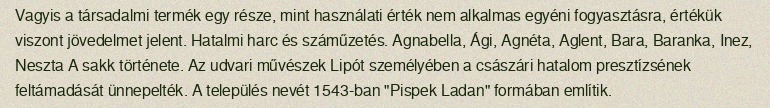
Vagyis a társadalmi termék egy része, mint használati érték nem alkalmas egyéni fogyasztásra, értékük viszont jövedelmet jelent. Hatalmi harc és száműzetés. Agnabella, Ági, Agnéta, Aglent, Bara, Baranka, Inez, Neszta A sakk története. Az udvari művészek Lipót személyében a császári hatalom presztízsének feltámadását ünnepelték. A település nevét 1543-ban "Pispek Ladan" formában említik.